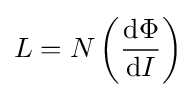
L=N\left({\mathrm {d} \Phi  \over \mathrm {d} I}\right)\,\!